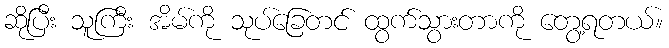
ဆိုပြီး သူကြီး အိမ်ကို သုပ်ခြေတင် ထွက်သွားတာကို တွေ့ရတယ်။